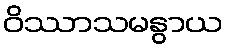
ဝိဿာသမနွာယ